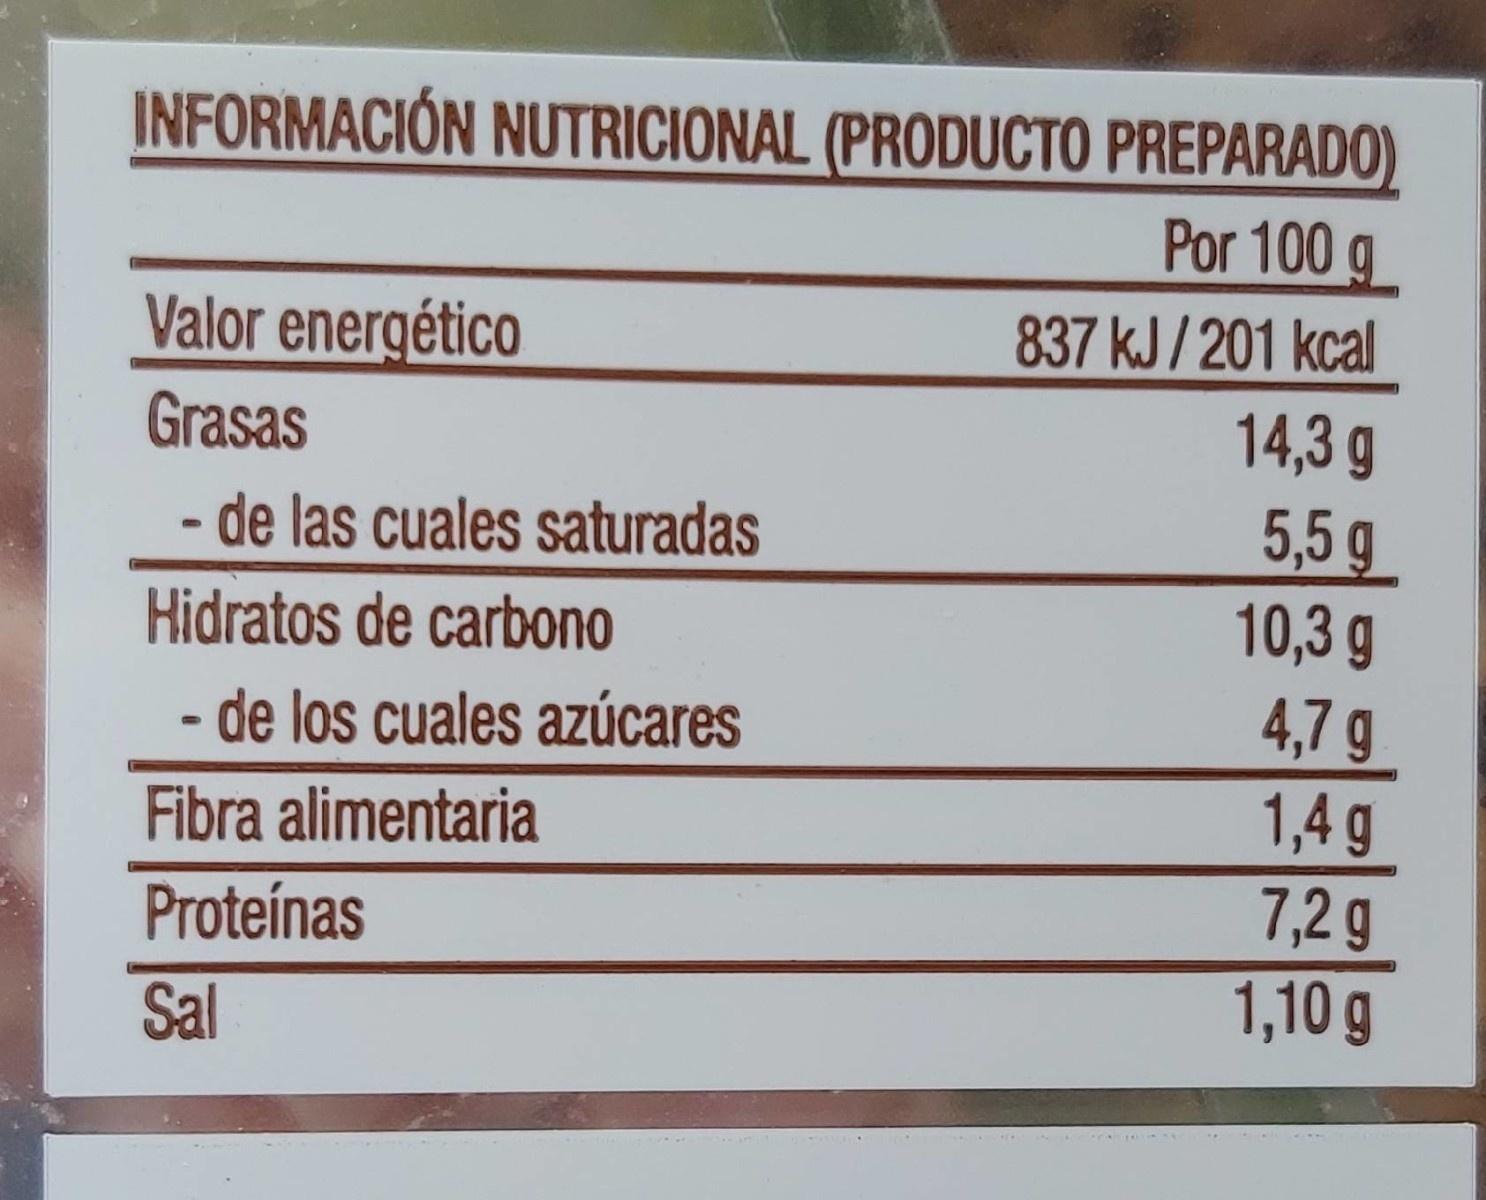
INFORMACIÓN NUTRICIONAL (PRODUCTO PREPARADO) Por 100 g
Valor energético
837 kJ / 201 kcal
Grasas
14,3 g
5,5 g 10,3g
- de las cuales saturadas
Hidratos de carbono
4,7 g 1,4 g 7,2 g 1,10 g
- de los cuales azúcares
Fibra alimentaria
Proteínas
Sal